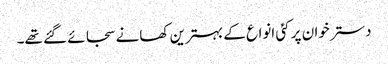
دسترخوان پر کئی انواع کے بہترین کھانے سجائے گئے تھے۔